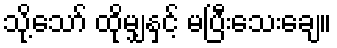
သို့သော် ထိုမျှနှင့် မပြီးသေးချေ။